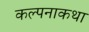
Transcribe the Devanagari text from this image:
कल्पनाकथा